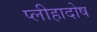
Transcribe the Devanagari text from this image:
प्लीहादोष